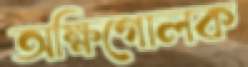
অক্ষিগোলক